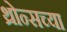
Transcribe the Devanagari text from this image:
थ्रोन्सच्या